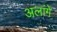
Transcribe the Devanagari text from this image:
अलांगे